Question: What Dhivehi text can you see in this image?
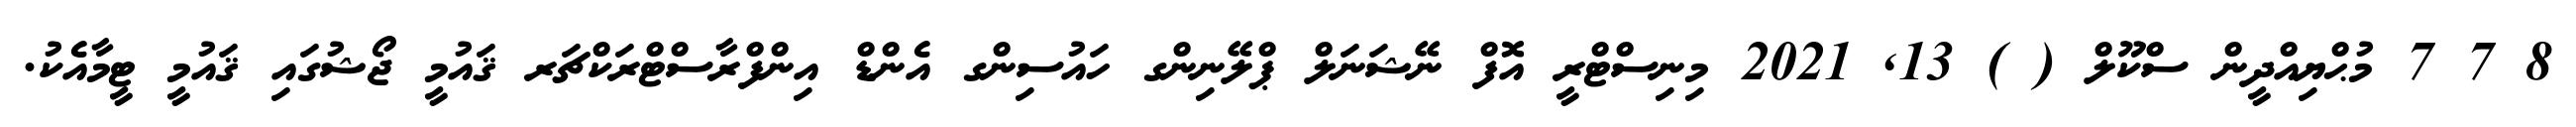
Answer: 8 7 7 މުޙްޔިއްދީން ސްކޫލް ( ) 13, 2021 މިނިސްޓްރީ އޮފް ނޭޝަނަލް ޕްލޭނިންގ ހައުސިންގ އެންޑް އިންފްރާސްޓްރަކްޗަރ ޤައުމީ ޖޯޝުގައި ޤައުމީ ޓީމާއެކު.